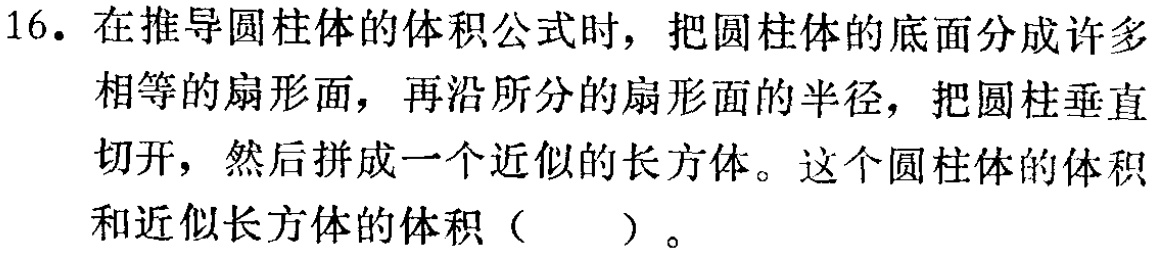
16. 在推导圆柱体的体积公式时，把圆柱体的底面分成许多相等的扇形面，再沿所分的扇形面的半径，把圆柱垂直切开，然后拼成一个近似的长方体。这个圆柱体的体积和近似长方体的体积（  ）。